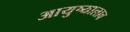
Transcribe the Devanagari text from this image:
आयुष्यालाच